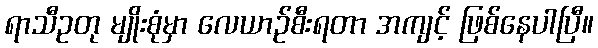
ရာသီဥတု မျိုးစုံမှာ လေယာဉ်စီးရတာ အကျင့် ဖြစ်နေပါပြီ။